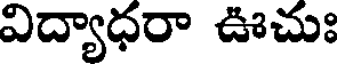
విద్యాధరా ఊచుః